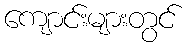
ကျောင်းများတွင်